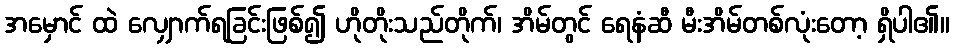
အမှောင် ထဲ လျှောက်ရခြင်းဖြစ်၍ ဟိုတိုးသည်တိုက်၊ အိမ်တွင် ရေနံဆီ မီးအိမ်တစ်လုံးတော့ ရှိပါ၏။